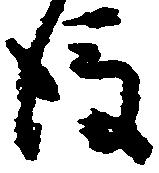
後